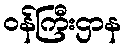
ဝန်ကြီးဌာန